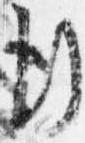
行